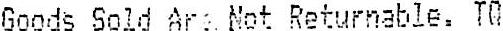
GOODS SOLD AR NOT RETURNABLE. TQ